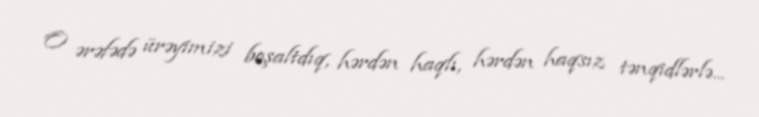
O ərəfədə ürəyimizi boşaltdıq, hərdən haqlı, hərdən haqsız tənqidlərlə...